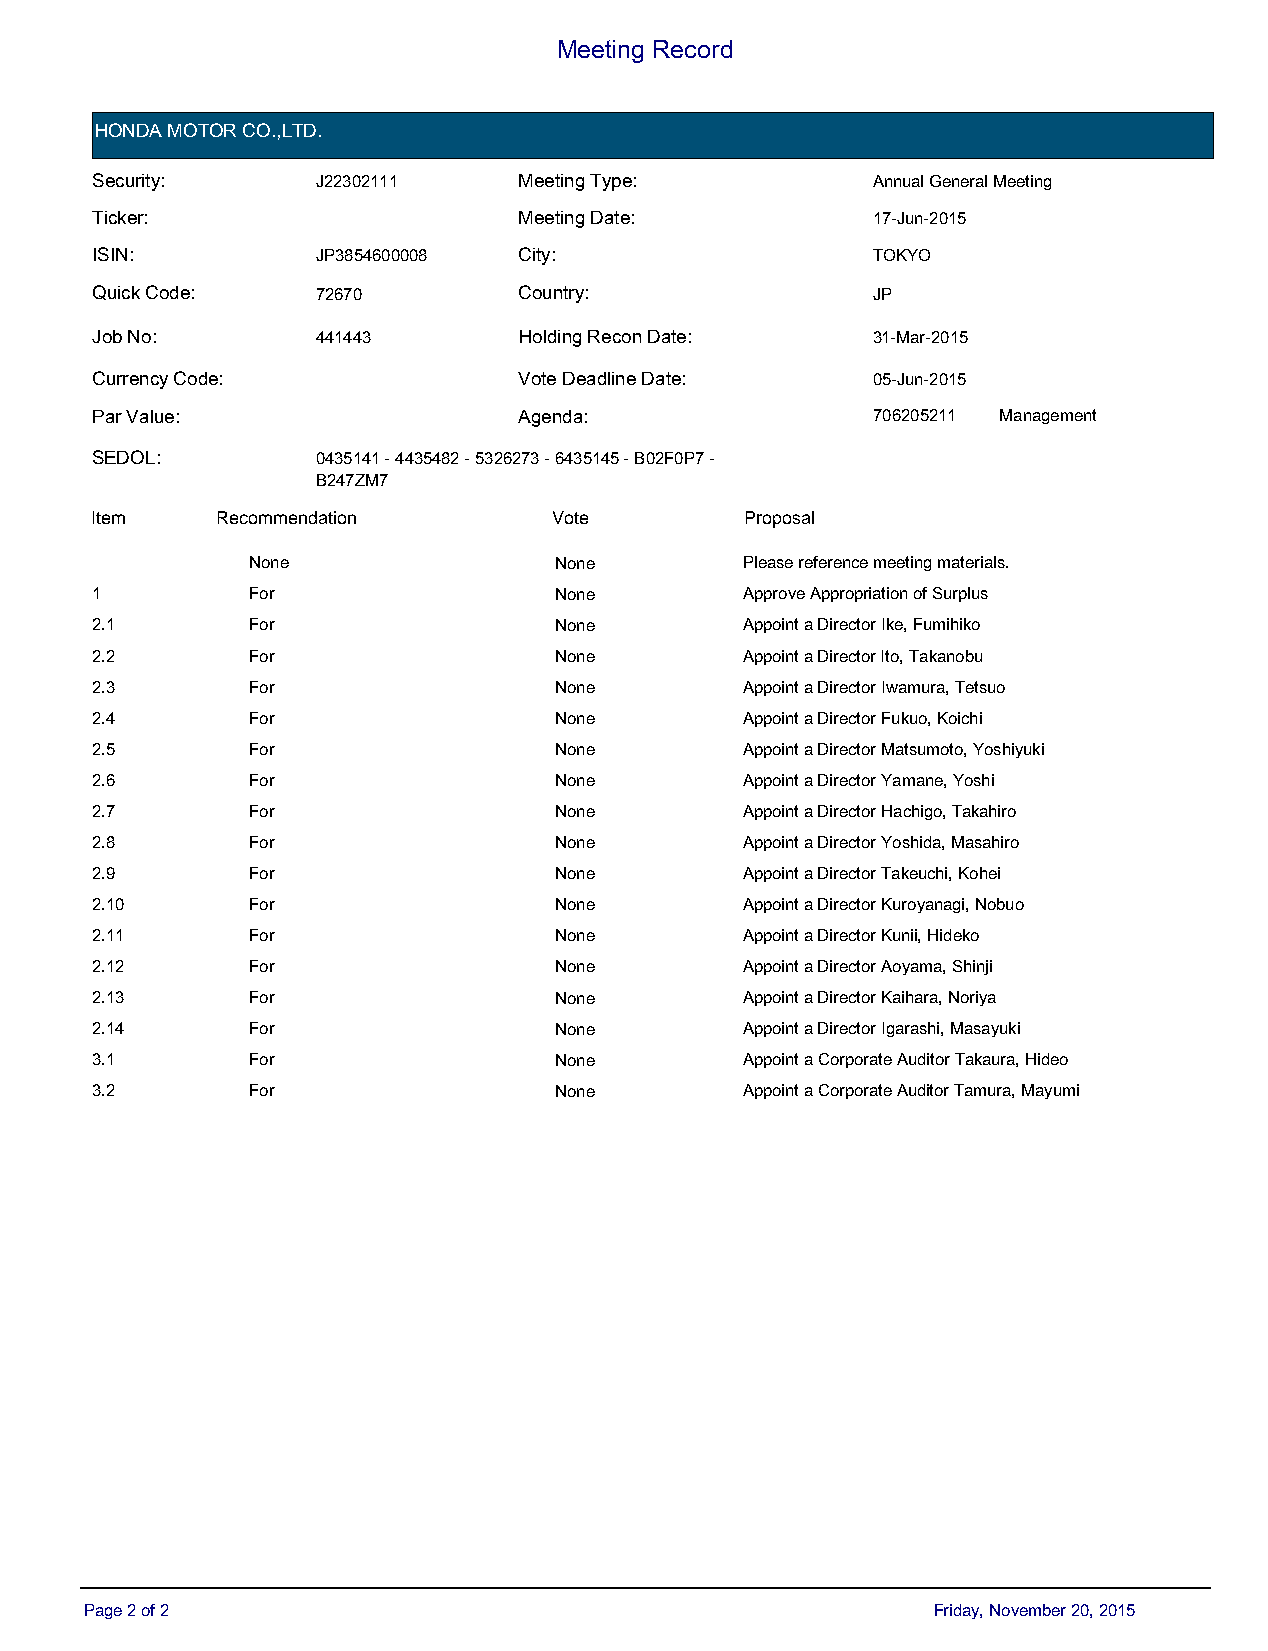
Meeting Record
 HONDA MOTOR CO.,LTD.
 Security:      J22302111    Meeting Type:           Annual General Meeting
 Ticker:                     Meeting Date:           17-Jun-2015
 ISIN:          JP3854600008 City:                   TOKYO
 Quick Code:    72670        Country:                JP
 Job No:        441443       Holding Recon Date:     31-Mar-2015
 Currency Code:              Vote Deadline Date:     05-Jun-2015
 Par Value:                  Agenda:                 706205211 Management
 SEDOL:         0435141 - 4435482 - 5326273 - 6435145 - B02F0P7 -
 B247ZM7
 IItteemm RecoRmemcoemndmaetinodna t i o n VDoetefa u l t V o t e P Prrooppoossaall
 None                 None        Please reference meeting materials.
 1         For                  None        Approve Appropriation of Surplus
 2.1       For                  None        Appoint a Director Ike, Fumihiko
 2.2       For                  None        Appoint a Director Ito, Takanobu
 2.3       For                  None        Appoint a Director Iwamura, Tetsuo
 2.4       For                  None        Appoint a Director Fukuo, Koichi
 2.5       For                  None        Appoint a Director Matsumoto, Yoshiyuki
 2.6       For                  None        Appoint a Director Yamane, Yoshi
 2.7       For                  None        Appoint a Director Hachigo, Takahiro
 2.8       For                  None        Appoint a Director Yoshida, Masahiro
 2.9       For                  None        Appoint a Director Takeuchi, Kohei
 2.10      For                  None        Appoint a Director Kuroyanagi, Nobuo
 2.11      For                  None        Appoint a Director Kunii, Hideko
 2.12      For                  None        Appoint a Director Aoyama, Shinji
 2.13      For                  None        Appoint a Director Kaihara, Noriya
 2.14      For                  None        Appoint a Director Igarashi, Masayuki
 3.1       For                  None        Appoint a Corporate Auditor Takaura, Hideo
 3.2       For                  None        Appoint a Corporate Auditor Tamura, Mayumi
 Page 2 of 2                                             Friday, November 20, 2015